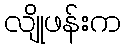
လျိုဖန်းက